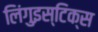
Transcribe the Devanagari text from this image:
लिंगुइस्टिक्स